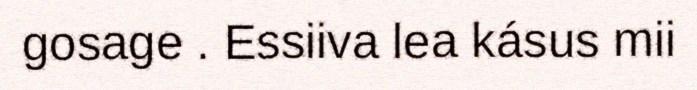
gosage . Essiiva lea kásus mii